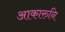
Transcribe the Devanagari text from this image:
आकारुनि